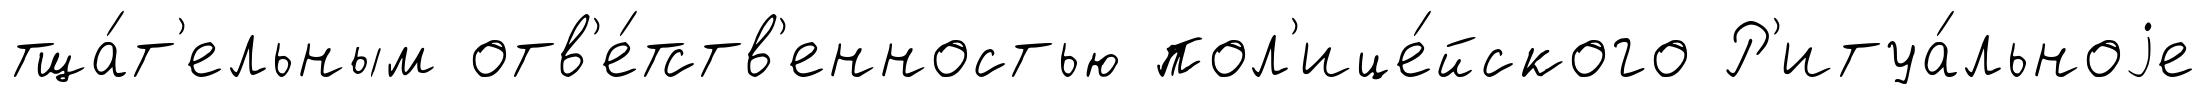
тща́т'ельным отв'е́тств'енностью пол'ице́йского Р'итуа́льноjе